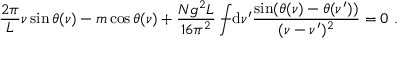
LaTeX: \frac { 2 \pi } { L } \nu \sin \theta ( \nu ) - m \cos \theta ( \nu ) + \frac { N g ^ { 2 } L } { 1 6 \pi ^ { 2 } } \int \! \! \! \! \! \! - \mathrm { d } \nu ^ { \prime } \frac { \sin ( \theta ( \nu ) - \theta ( \nu ^ { \prime } ) ) } { ( \nu - \nu ^ { \prime } ) ^ { 2 } } = 0 \ .